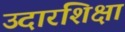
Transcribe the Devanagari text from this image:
उदारशिक्षा